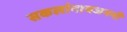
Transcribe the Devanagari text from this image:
सकलांनायजननी